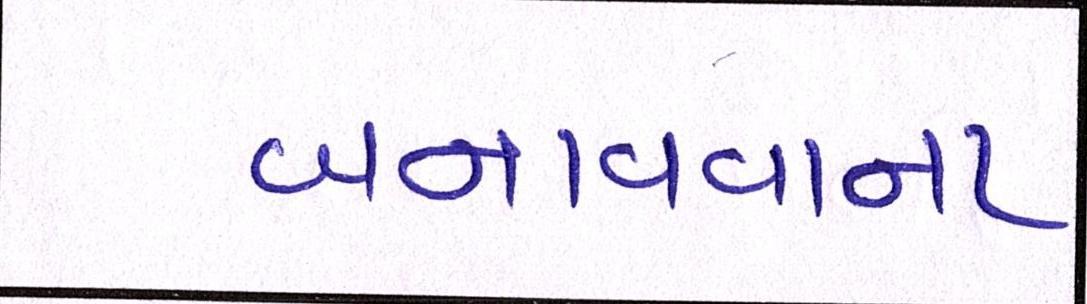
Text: બનાવવાના